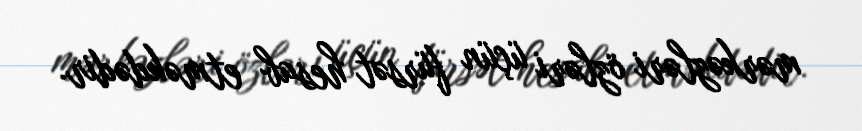
mərkəzləri özləri üçün fürsət hesab etməkdədir.